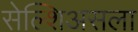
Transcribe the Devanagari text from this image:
सेल्शिअसला